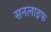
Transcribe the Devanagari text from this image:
सनलाइफ